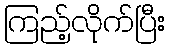
ကြည့်လိုက်ပြီး